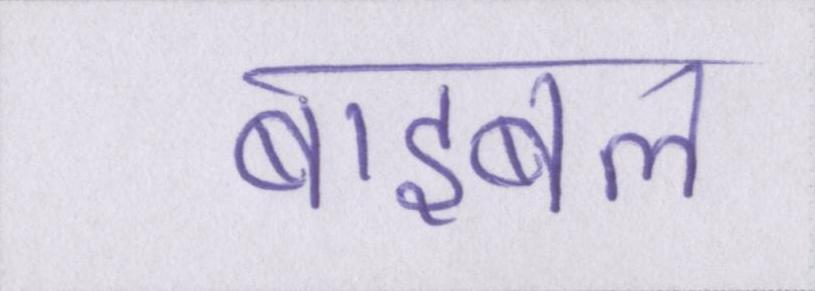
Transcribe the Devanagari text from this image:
बाइबल